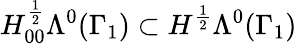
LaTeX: H_{00}^{\frac{1}{2}}\Lambda^{0}(\Gamma_{1})\subset H^{\frac{1}{2}}\Lambda^{0}(\Gamma_{1})